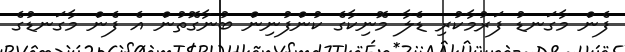
ފެން މާގަނޑު ފަރުމާކުރި ޑެލާ މޮނިކާގެ ކުންފުނިން ބުނާގޮތުން އެ ފެން މާގަނޑުގެ